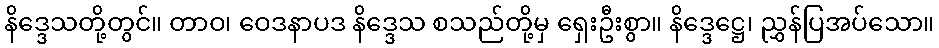
နိဒ္ဒေသတို့တွင်။ တာဝ၊ ဝေဒနာပဒ နိဒ္ဒေသ စသည်တို့မှ ရှေးဦးစွာ။ နိဒ္ဒေဋ္ဌေ၊ ညွှန်ပြအပ်သော။